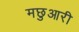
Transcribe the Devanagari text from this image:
मछुआरी